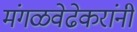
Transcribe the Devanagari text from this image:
मंगळवेढेकरांनी